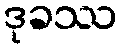
ဒုခဿ